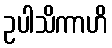
ဥပါသိကာဟိ